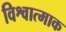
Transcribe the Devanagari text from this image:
विश्वात्माक